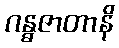
ဂန္ဓဇာတာနိ